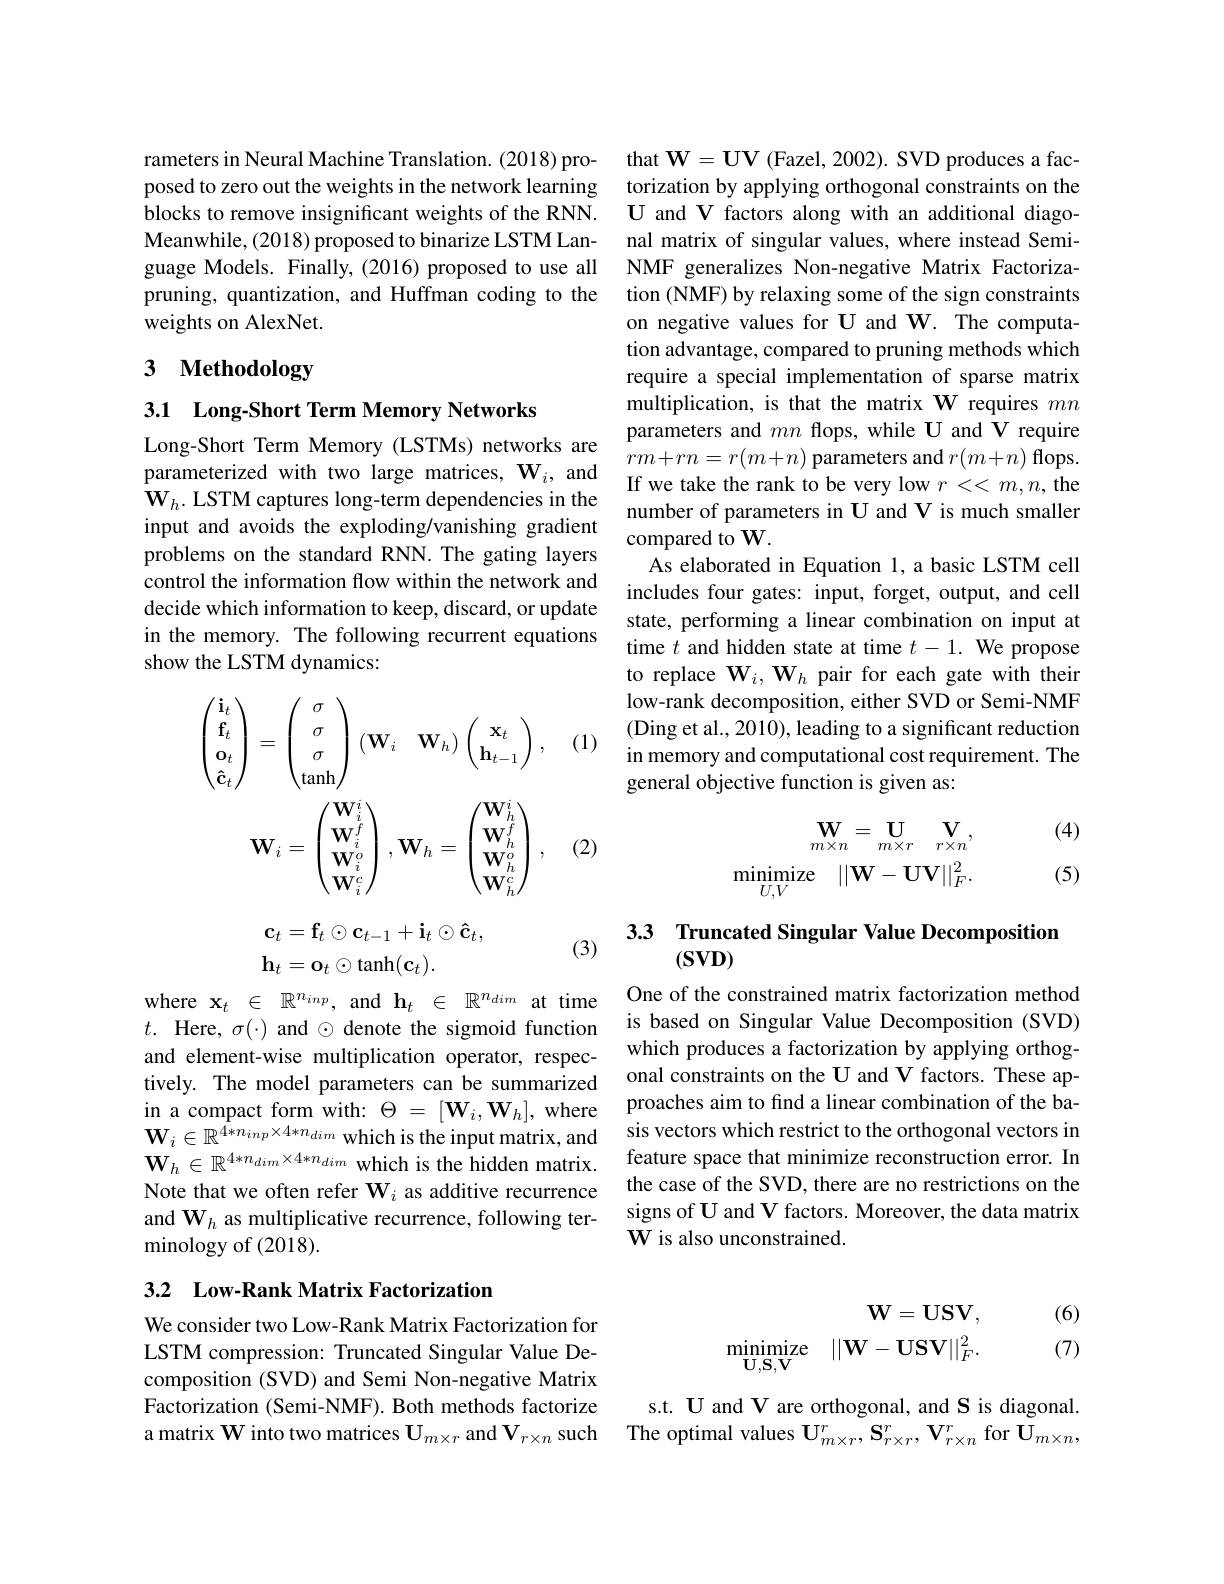
rameters in Neural Machine Translation. (2018) proposed to zero out the weights in the network learning blocks to remove insignificant weights of the RNN. Meanwhile, (2018) proposed to binarize LSTM Language Models. Finally,(2016) proposed to use all NMF generalizes Non-negative Matrix Factoriza-
pruning, quantization, and Huffman coding to the
weights on AlexNet.

# 3 Methodology

3.1 Long-Short Term Memory Networks

Long-Short Term Memory (LSTMs) networks are $\mathbf{W}_h.$ LSTM captures long-term dependencies in the input and avoids the exploding/vanishing gradient problems on the standard RNN. The gating layers control the information flow within the network and decide which information to keep, discard, or update in the memory. The following recurrent equations show the LSTM dynamics:
$$\begin{gathered}\begin{pmatrix}\mathbf{i}_t\\\mathbf{f}_t\\\mathbf{o}_t\\\mathbf{\hat{c}}_t\end{pmatrix}=\begin{pmatrix}\sigma\\\sigma\\\sigma\\\tanh\end{pmatrix}(\mathbf{W}_i\quad\mathbf{W}_h)\begin{pmatrix}\mathbf{x}_t\\\mathbf{h}_{t-1}\end{pmatrix},\\\mathbf{W}_i=\begin{pmatrix}\mathbf{W}_i^i\\\mathbf{W}_i^f\\\mathbf{W}_i^o\\\mathbf{W}_i^c\end{pmatrix},\mathbf{W}_h=\begin{pmatrix}\mathbf{W}_h^i\\\mathbf{W}_h^f\\\mathbf{W}_h^o\\\mathbf{W}_h^c\end{pmatrix},\end{gathered}$$
(2)
$$\mathbf{c}_t=\mathbf{f}_t\odot\mathbf{c}_{t-1}+\mathbf{i}_t\odot\mathbf{\hat{c}}_t,$$
$$\mathbf{h}_t=\mathbf{o}_t\odot\tanh(\mathbf{c}_t).$$
(3)

where$\mathbf{x}_t\in\mathbb{R}^{n_{inp}}$,and$\mathbf{h}_t\in\mathbb{R}^{n_{dim}}$attime $t.$ Here, $\sigma(\cdot)$ and $\odot$ denote the sigmoid function and element-wise multiplication operator, respecNote that we often refer $\mathbf{W}_i$ as additive recurrence and $\mathbf{W}_h$ as multiplicative recurrence, following terminology of (2018).

### 3.2 Low-Rank Matrix Factorization

We consider two Low-Rank Matrix Factorization for LSTM compression: Truncated Singular Value Decomposition (SVD) and Semi Non-negative Matrix Factorization (Semi-NMF). Both methods factorize a matrix W into two matrices $\mathbf{U}_{m\times r}$ and $\mathbf{V}_{r\times n}$ such

that $\mathbf{W}=\mathbf{UV}$ (Fazel, 2002). SVD produces a factorization by applying orthogonal constraints on the U and V factors along with an additional diagonal matrix of singular values, where instead Semition (NMF) by relaxing some of the sign constraints on negative values for U and W. The computation advantage, compared to pruning methods which require a special implementation of sparse matrix multiplication, is that the matrix W requires $mn$ parameters and $mn$ flops, while U and V require
Long-Short lerm Memory (Ls1Ms) networks are $rm+rn=r(m+n)$ parameters and $r( m+ n) \textbf{flops. }$parameterized with two large matrices, $\mathbf{W} _i$, and If we take the rank to be verv low $r\leq<m.n.$ the
If we take the rank to be very low $r<<m,n$, the number of parameters in U and V is much smaller compared to W.
As elaborated in Equation 1, a basic LSTM cell includes four gates: input, forget, output, and cell state, performing a linear combination on input at time $t$ and hidden state at time $t-1.$ We propose to replace $\mathbf{W}_i,\mathbf{W}_h$ pair for each gate with their low-rank decomposition, either SVD or Semi-NMF (Ding et al., 2010), leading to a significant reduction in memory and computational cost requirement. The general objective function is given as:

(4)
$$\begin{aligned}\mathbf{W}_{m\times n}=\mathbf{U}_{m\times r}\quad\mathbf{V}_{r\times n},\\\underset{U,V}{\operatorname*{minimize}}\quad||\mathbf{W}-\mathbf{U}\mathbf{V}||_{F}^{2}.\end{aligned}$$
(5)

3.3 Truncated Singular Value Decompositio
$(\mathbf{SVD})$

One of the constrained matrix factorization method is based on Singular Value Decomposition (SVD) which produces a factorization by applying orthog-
tively. The model parameters can be summarized onal constraints on the $\mathbf{U}$ and V factors. These ap- $\begin{array}{lll}\text{in a compact form with: }\Theta=[\mathbf{W}_i,\mathbf{W}_h],\mathrm{~where}&\text{proaches aim to find a linear combination of the ba-$\mathbf{W}_i\in\mathbb{R}^{4*n_{inp}\times4*n_{dim}}\mathrm{~which~is~the~input~matrix,~and}&\text{sis vectors which restrict to the orthogonal vectors in$ $\mathbf{W}_h\in\mathbb{R}^{4*n_{dim}\times4*n_{dim}}$ which is the hidden matrix. feature space that minimize reconstruction error. In
the case of the SVD, there are no restrictions on the signs of U and V factors. Moreover, the data matrix W is also unconstrained.
$$\begin{aligned}\mathbf{W}&=\mathbf{USV},\\\min_{\mathbf{U},\mathbf{S},\mathbf{V}}&||\mathbf{W}-\mathbf{USV}||_F^2.\end{aligned}$$
(6) (7)

s.t. U and V are orthogonal, and S is diagonal. The optimal values $\mathbf{U}_{m\times r}^{r},\mathbf{S}_{r\times r}^{r},\mathbf{V}_{r\times n}^{r}$ for $\mathbf{U}_{m\times n}$,